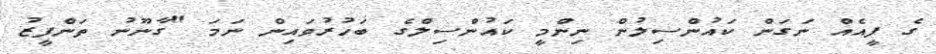
ގެ ފީއެއް ނަގަން ކައުންސިލުން ނިންމީ ކައުންސިލްގެ ބަހުރުވައިން ނަމަ "ގާނޫނު ތަންފީޒު